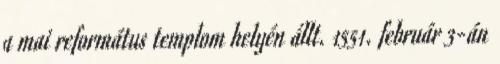
a mai református templom helyén állt. 1551. február 3-án